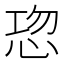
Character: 𭜹